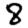
Digit: 8